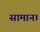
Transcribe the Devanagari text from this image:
सामान।